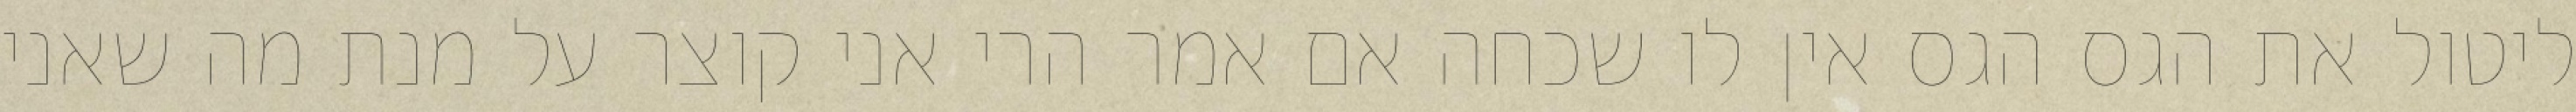
ליטול את הגס הגס אין לו שכחה אם אמר הרי אני קוצר על מנת מה שאני